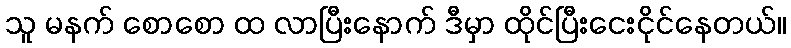
သူ မနက် စောစော ထ လာပြီးနောက် ဒီမှာ ထိုင်ပြီးငေးငိုင်နေတယ်။